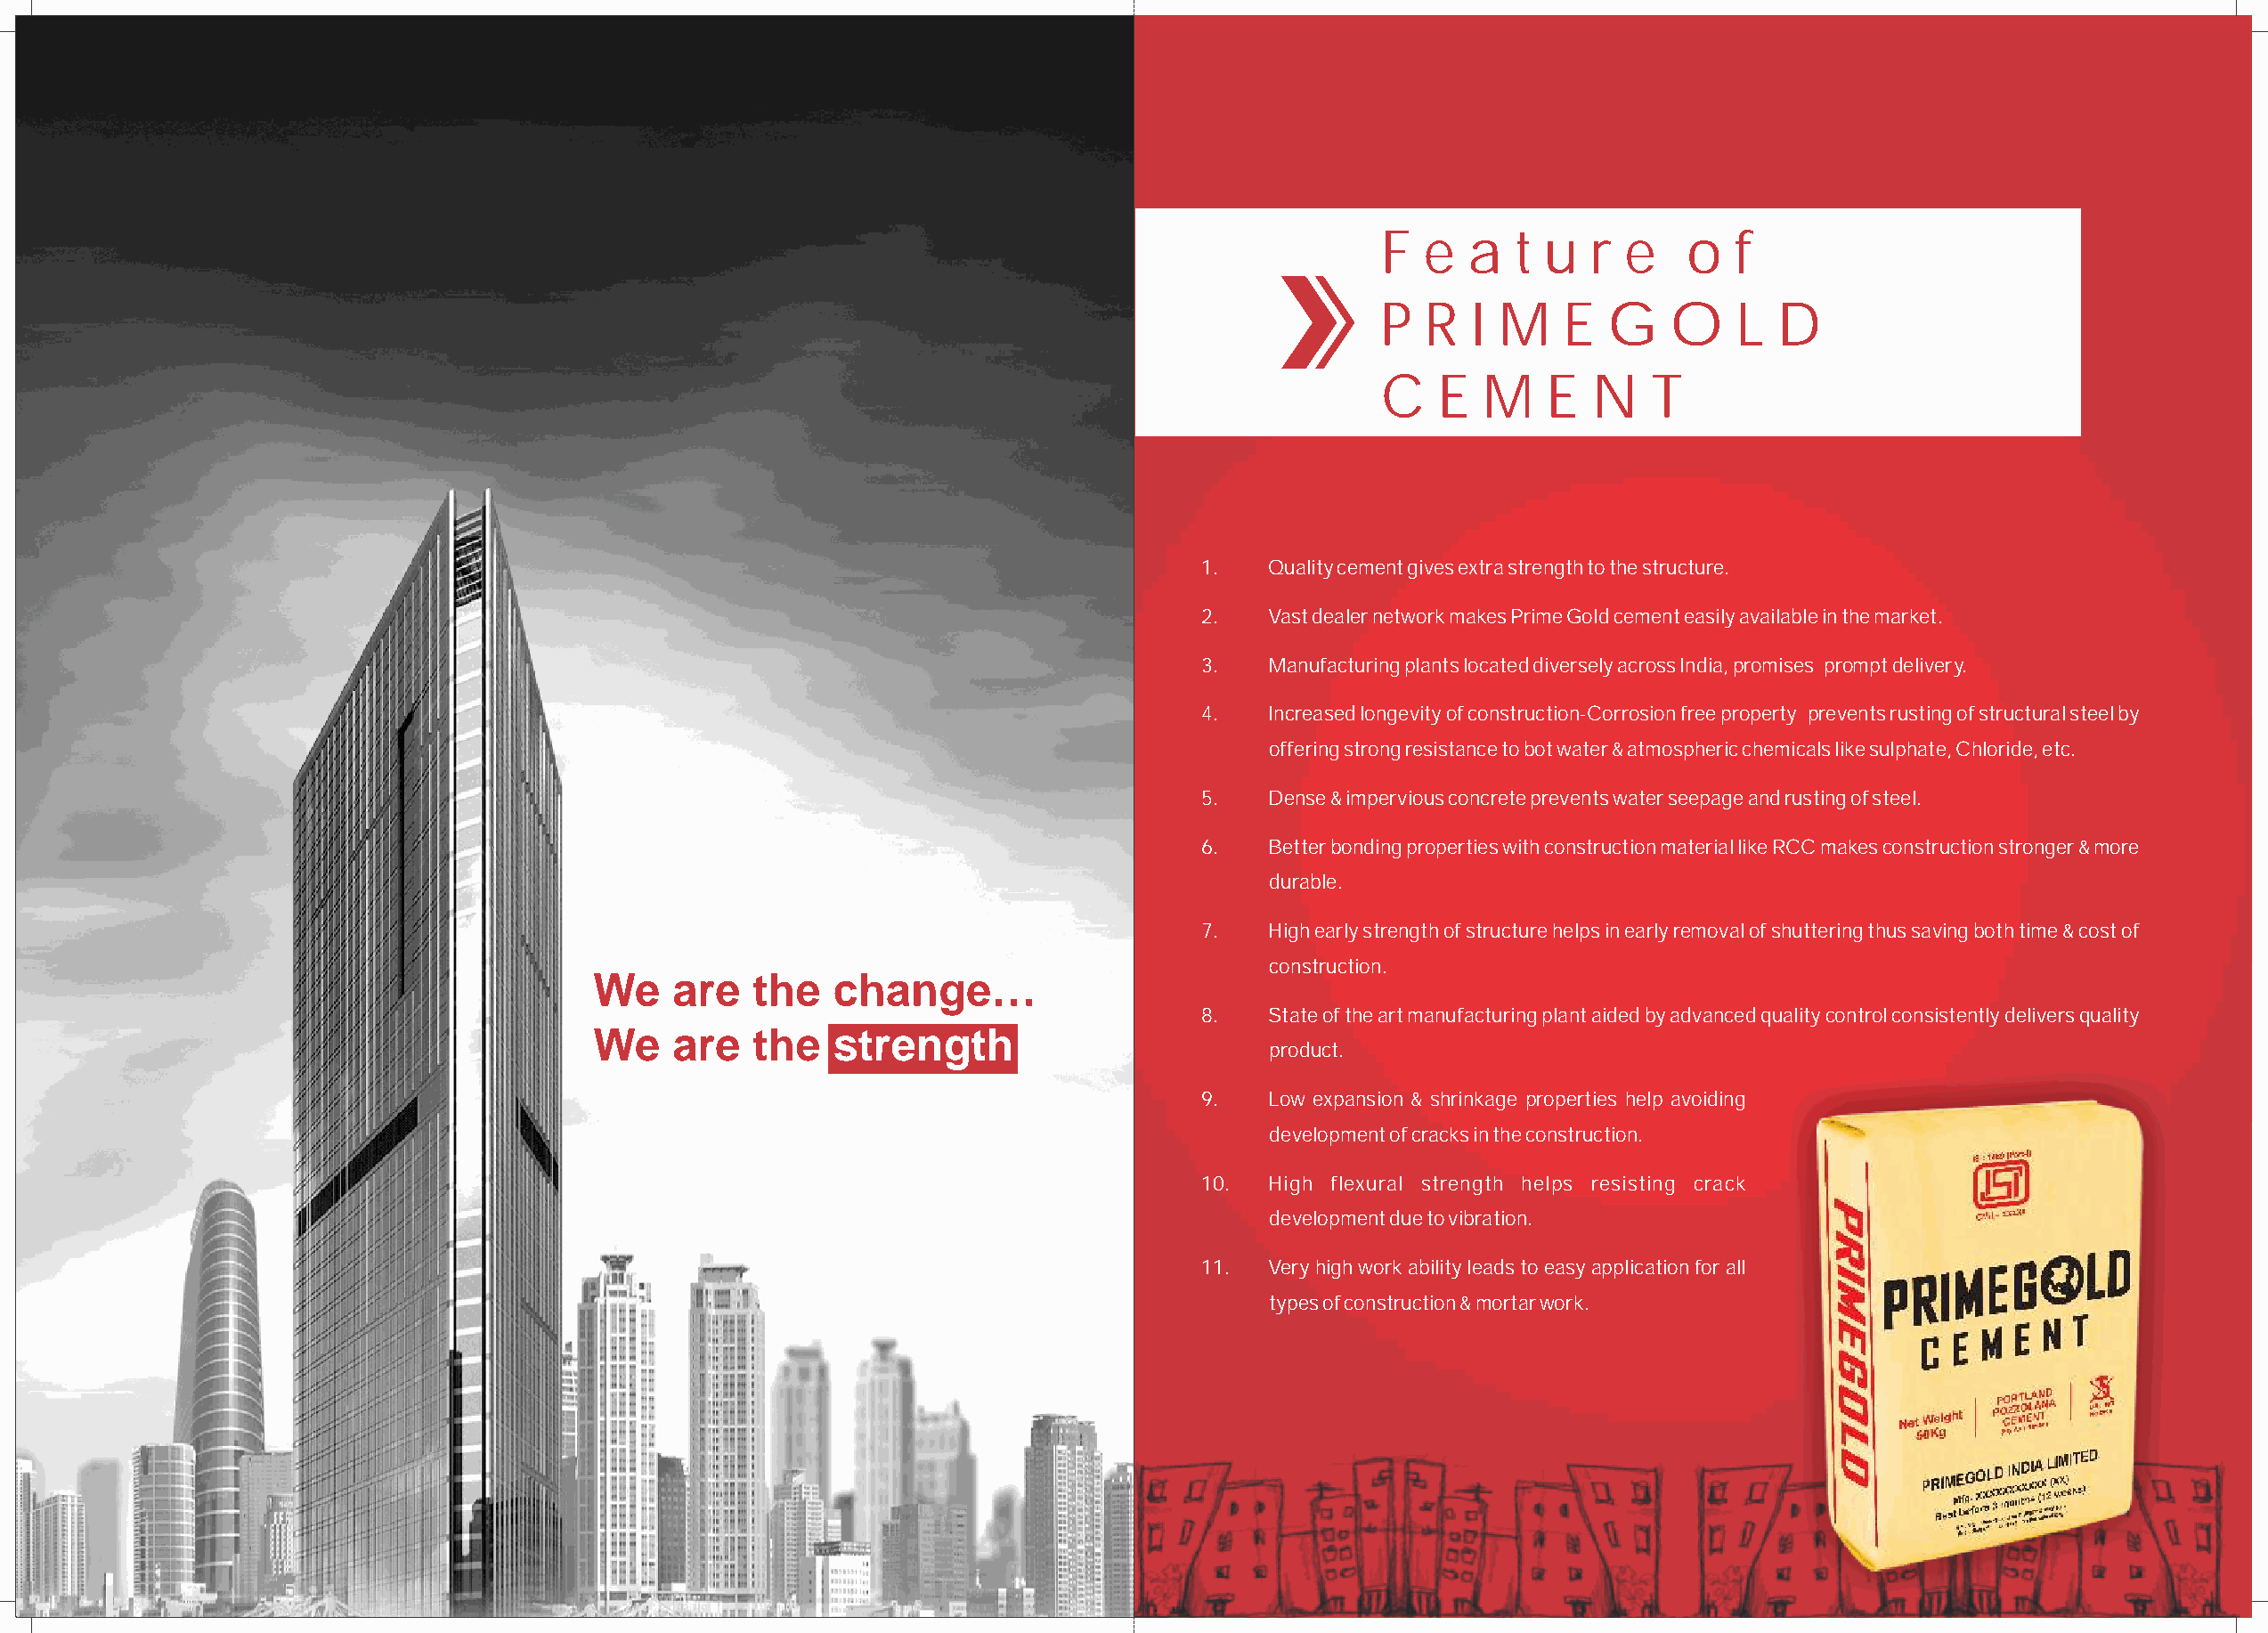
F  e  a   t u  r  e   o   f
 P  R  I M    E  G    O    L  D
 C   E  M    E  N    T
 1.   Quality cement gives extra strength to the structure.
 2.   Vast dealer network makes Prime Gold cement easily available in the market.
 3.   Manufacturing plants located diversely across India, promises prompt delivery.
 4.   Increased longevity of construction-Corrosion free property prevents rusting of structural steel by
 offering strong resistance to bot water & atmospheric chemicals like sulphate, Chloride, etc.
 5.   Dense & impervious concrete prevents water seepage and rusting of steel.
 6.   Better bonding properties with construction material like RCC makes construction stronger & more
 durable.
 7.   High early strength of structure helps in early removal of shuttering thus saving both time & cost of
 construction.
 We    are   the   change…
 8.   State of the art manufacturing plant aided by advanced quality control consistently delivers quality
 We    are   the   strength
 product.
 9.   Low expansion & shrinkage properties help avoiding
 development of cracks in the construction.
 10.  High flexural strength helps resisting crack
 development due to vibration.
 11.  Very high work ability leads to easy application for all
 types of construction & mortar work.